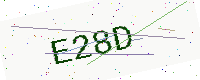
Text: E28D